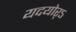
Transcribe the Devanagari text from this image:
यदयोर्ऽ